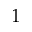
1